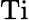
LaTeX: \mathrm{Ti}